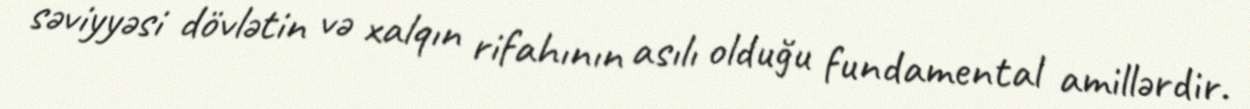
səviyyəsi dövlətin və xalqın rifahının asılı olduğu fundamental amillərdir.